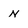
Character: n